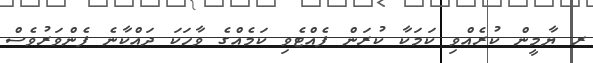
ރ ޔާމީން ކުރެއްވި ކަމަކާ ކުރަން ފެއްޓެވި ކަމެއްގެ ވާހަކަ ދައްކާނެ ފެންވަރުވެސް